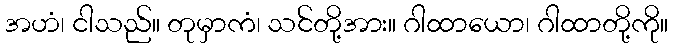
အဟံ၊ ငါသည်။ တုမှာကံ၊ သင်တို့အား။ ဂါထာယော၊ ဂါထာတို့ကို။